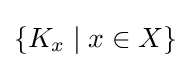
\left\{K_{x}\mid x\in X\right\}